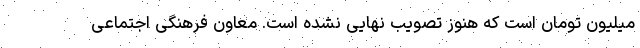
میلیون تومان است که هنوز تصویب نهایی نشده است. معاون فرهنگی اجتماعی